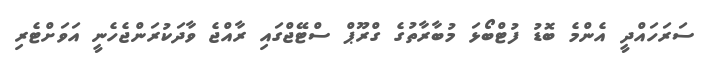
ސަރަހައްދީ އެންމެ ބޮޑު ފުޓްބޯޅަ މުބާރާތުގެ ގްރޫޕް ސްޓޭޖްގައި ރާއްޖެ ވާދަކުރަންޖެހެނީ އަވަށްޓެރި